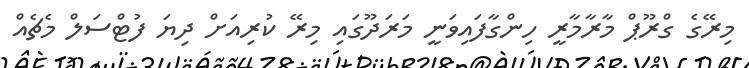
މިރޭގެ ގްރޫޕް މާރާމާރީ ހިންގާފައިވަނީ މަރަދޫގައި މިރޭ ކުރިއަށް ދިޔަ ފުޓްސަލް މެޗެއް